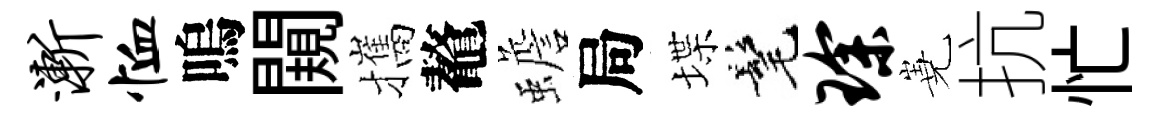
渐恤嗚闚攜鼇蟾局堞髦琛嶤抗忙